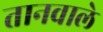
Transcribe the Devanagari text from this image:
तानवाले